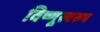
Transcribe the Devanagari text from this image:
विष्णूस्वरुप